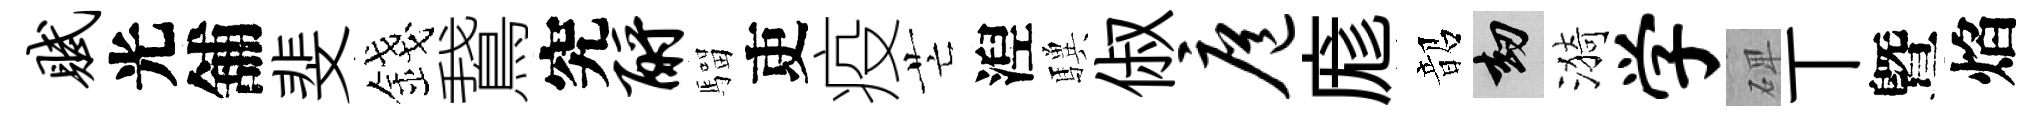
赋光舖斐錢鵞究酹騮吏疫芒湼驥俶扈庬韶劫漪学𥓓丅曁焰